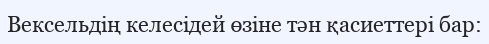
Вексельдің келесідей өзіне тән қасиеттері бар: